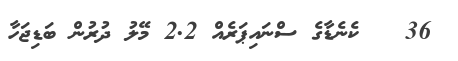
36   ކެނެޑާގެ ސްނައިޕަރެއް 2.2 މޭލު ދުރުން ބަޑިޖަހާ